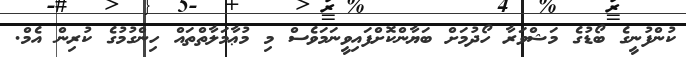
ކުންފުނީގެ ބޯޑުގެ މަޝްވަރާ ހޯދުމަށް ބަޔާންކޮށްފައިވީނަމަވެސް މި މުޢާމަލާތްތައް ހިންގުމުގެ ކުރިން އެމް.